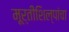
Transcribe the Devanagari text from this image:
मूर्तीशिल्पांचा